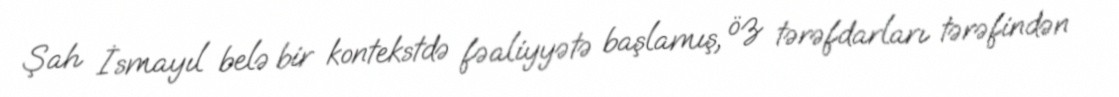
Şah İsmayıl belə bir kontekstdə fəaliyyətə başlamış, öz tərəfdarları tərəfindən